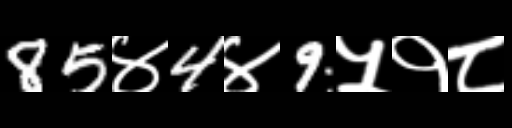
Text: 85४4४9५१८